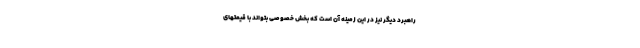
راهبرد دیگر نیز در این زمینه آن است که بخش خصوصی بتواند با قیمتهای